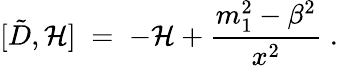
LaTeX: [\tilde{D},{\cal H}]\; =\; -{\cal H}+\frac{m_{1}^{2}-\beta^{2}}{x^{2}}\; .